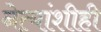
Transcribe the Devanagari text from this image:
नेत्यांशीही